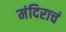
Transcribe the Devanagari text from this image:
मंदिराचं